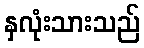
နှလုံးသားသည်